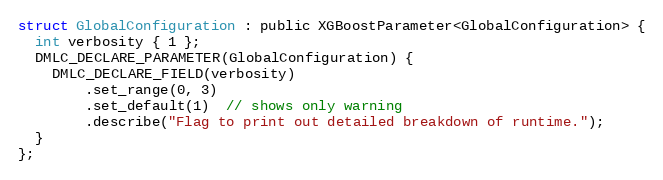
Language: C
struct GlobalConfiguration : public XGBoostParameter<GlobalConfiguration> {
  int verbosity { 1 };
  DMLC_DECLARE_PARAMETER(GlobalConfiguration) {
    DMLC_DECLARE_FIELD(verbosity)
        .set_range(0, 3)
        .set_default(1)  // shows only warning
        .describe("Flag to print out detailed breakdown of runtime.");
  }
};